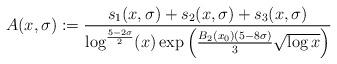
LaTeX: \begin{align*} A(x, \sigma) &:= \frac{s_1(x, \sigma) + s_2(x, \sigma) + s_3(x,\sigma)}{\log^{\frac{5-2\sigma}{2}}(x) \exp\left(\frac{B_2(x_0)(5 - 8\sigma)}{3}\sqrt{\log x}\right)}\end{align*}